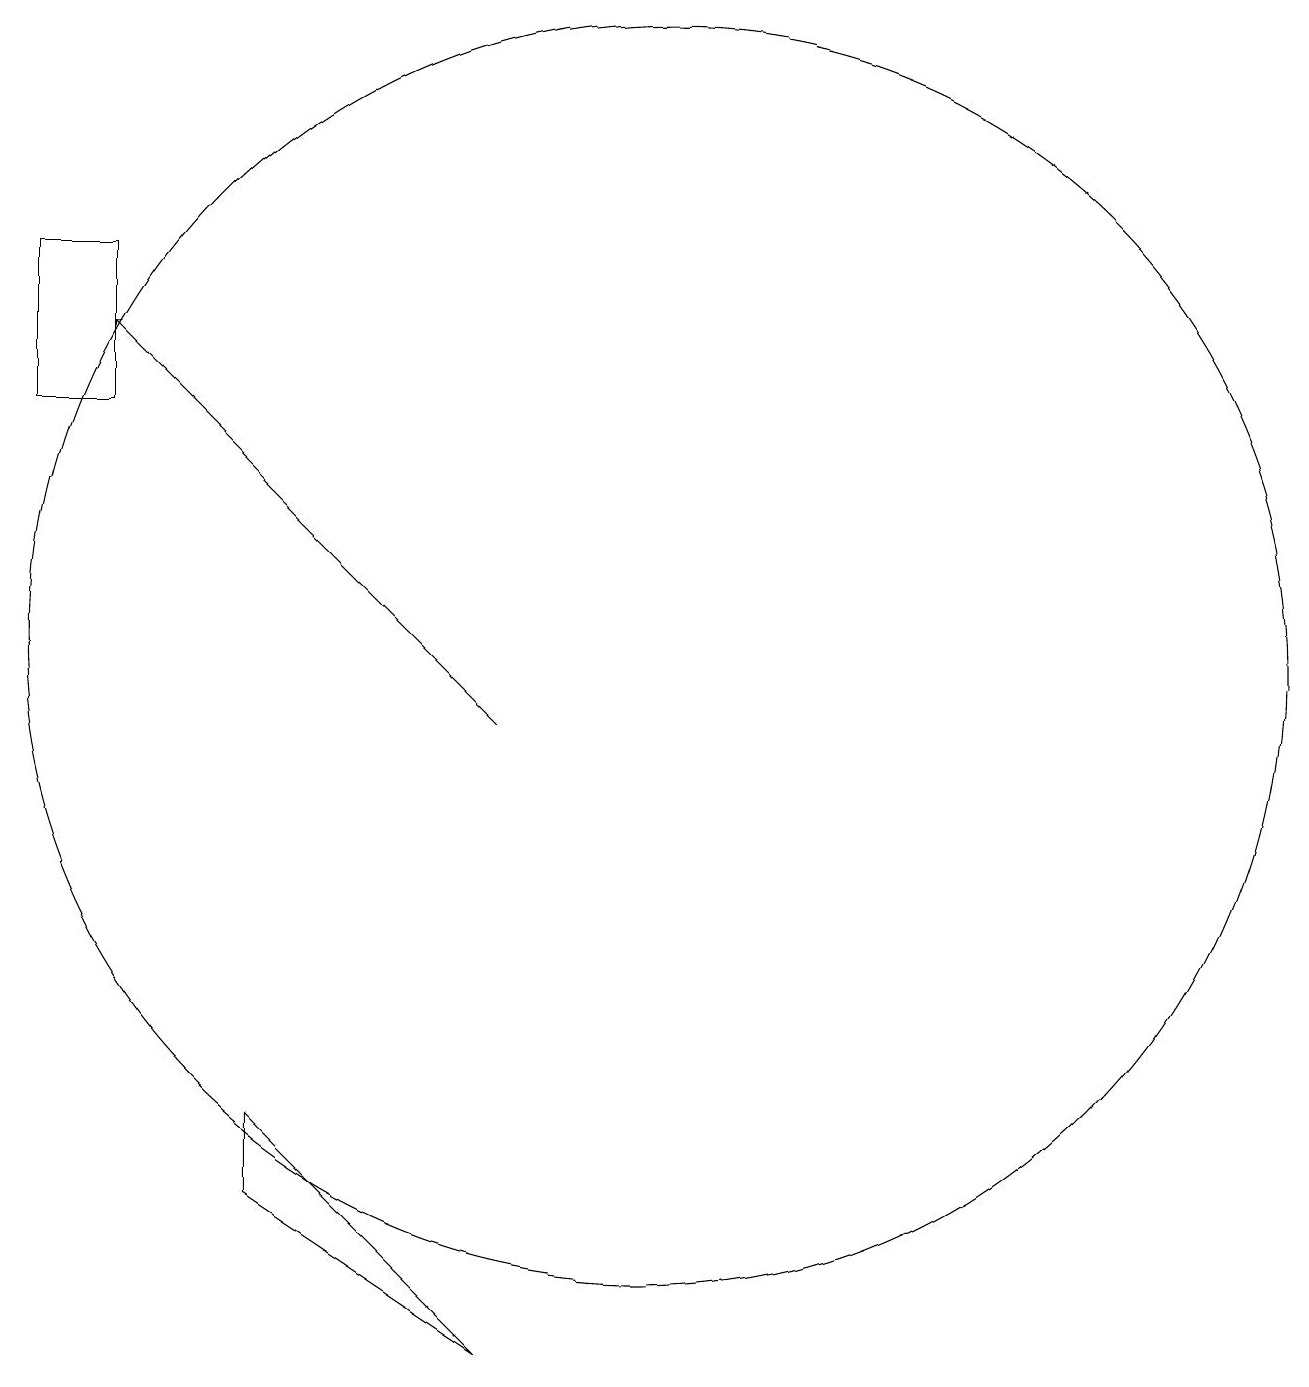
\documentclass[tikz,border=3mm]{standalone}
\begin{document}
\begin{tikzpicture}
\draw (11,11) circle (8);
\draw (6,4) -- (9,2) -- (6,5) -- cycle;
\draw (4,16) rectangle (3,14);
\draw[->] (9,10) -- (4,15);
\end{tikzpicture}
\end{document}